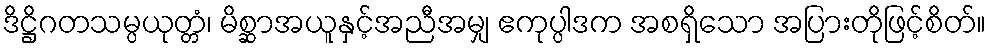
ဒိဋ္ဌိဂတသမ္ပယုတ္တံ၊ မိစ္ဆာအယူနှင့်အညီအမျှ ဧကုပ္ပါဒက အစရှိသော အပြားတိုဖြင့်စိတ်။